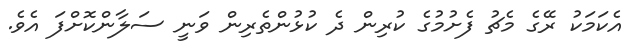
އެކަމަކު ރޭގެ މެޗު ފެށުމުގެ ކުރިން ދެ ކުޅުންތެރިން ވަނީ ސަލާންކޮށްފަ އެވެ.